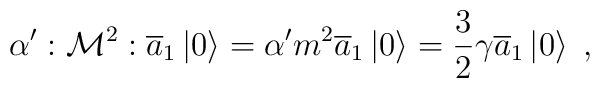
\alpha ^{\prime }:{\cal M}^2:\overline{a}_1\left| 0\right\rangle =\alpha^{\prime }{\sl m}^2\overline{a}_1\left| 0\right\rangle =\frac 32\gamma\overline{a}_1\left| 0\right\rangle \; ,